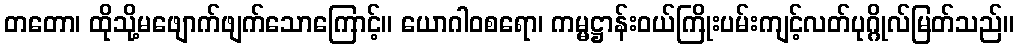
တတော၊ ထိုသို့မဖျောက်ဖျက်သောကြောင့်။ ယောဂါဝစရော၊ ကမ္မဋ္ဌာန်းဝယ်ကြိုးပမ်းကျင့်လတ်ပုဂ္ဂိုလ်မြတ်သည်။